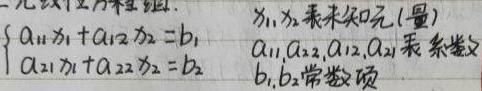
二元线性方程组.
\[\begin{cases}a_{11}x_{1} + a_{12}x_{2} = b_{1} \\a_{21}x_{1} + a_{22}x_{2} = b_{2} \end{cases}\]
其中\(x_{1},x_{2}\)表示未知元(量)，\(a_{11},a_{22},a_{12},a_{21}\)为系数，\(b_{1},b_{2}\)为常数项。